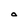
Character: O